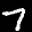
Label: 7